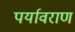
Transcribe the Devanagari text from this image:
पर्यावराण